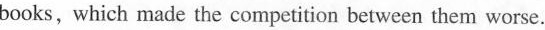
books.which made the competition between them worse.